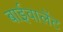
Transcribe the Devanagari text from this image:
बाईवालेंट